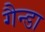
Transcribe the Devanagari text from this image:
गैन्डा